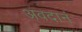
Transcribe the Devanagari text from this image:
अवदानं